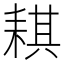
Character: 𦓿